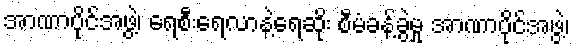
အာဏာပိုင်အဖွဲ့၊ ရေစီးရေလာနဲ့ရေဆိုး စီမံခန့်ခွဲမှု အာဏာပိုင်အဖွဲ့၊